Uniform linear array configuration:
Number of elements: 48
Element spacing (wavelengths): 0.25
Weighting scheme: binomial
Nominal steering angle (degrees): -45
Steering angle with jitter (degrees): -44.929
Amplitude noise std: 0.05
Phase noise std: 0.05

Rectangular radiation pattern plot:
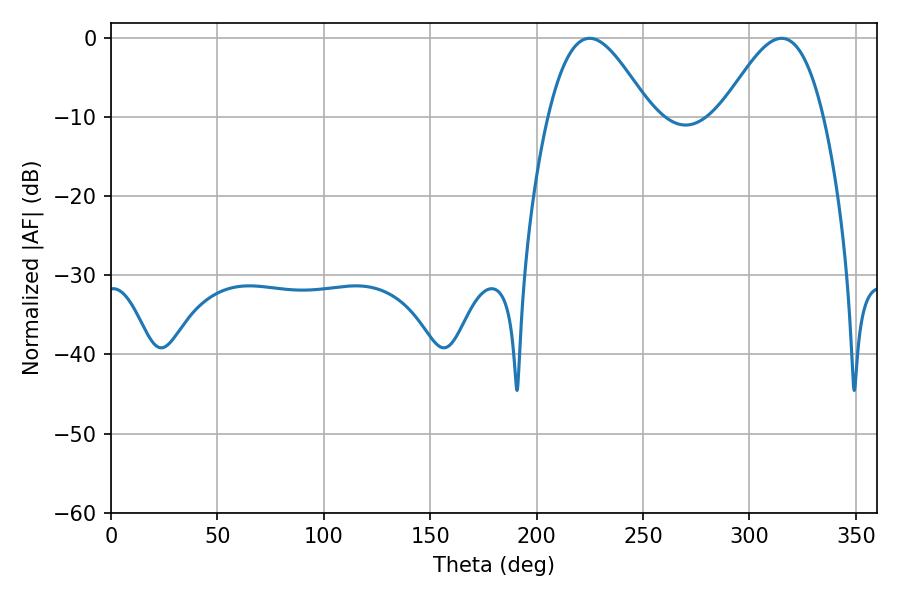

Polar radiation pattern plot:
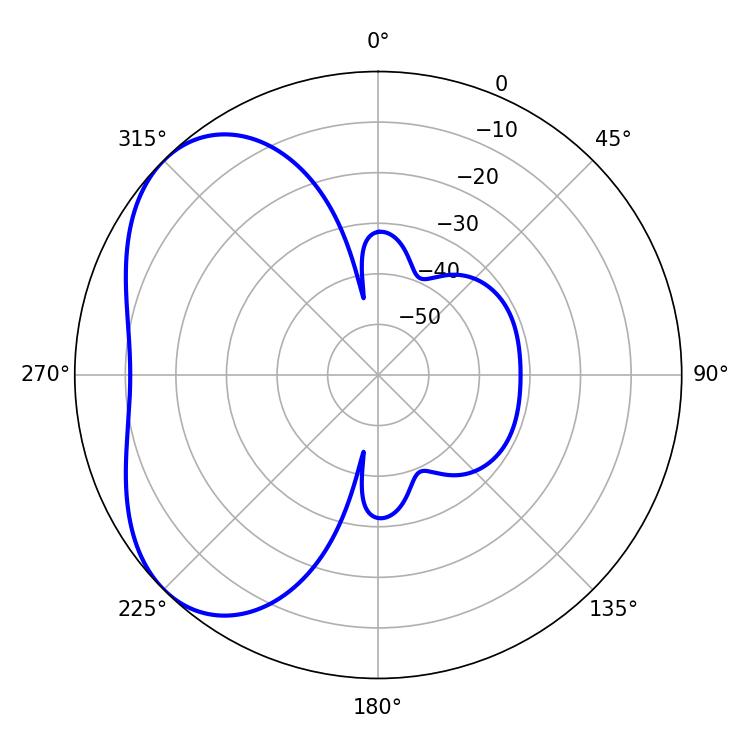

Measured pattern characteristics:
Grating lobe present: FALSE
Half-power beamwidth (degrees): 25.74
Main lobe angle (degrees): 224.82